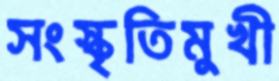
সংস্কৃতিমুখী